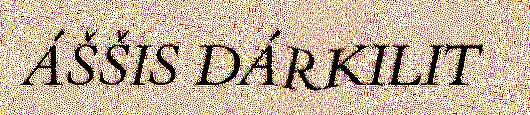
ÁŠŠIS DÁRKILIT